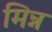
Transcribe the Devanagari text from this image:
मिन्न